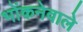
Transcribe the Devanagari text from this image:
भोंकनेवाले